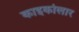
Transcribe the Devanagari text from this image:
काइकोलार